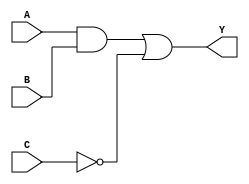
module combinational_logic_block (
    input wire A,    // Input A
    input wire B,    // Input B
    input wire C,    // Input C
    output wire Y    // Output Y
);

// Internal signals for intermediate logic
wire and_output;   // Output of AND gate
wire not_output;   // Output of NOT gate

// Logic implementation
// AND gate: Y1 = A AND B
assign and_output = A & B;

// NOT gate: Y2 = NOT C
assign not_output = ~C;

// OR gate: Y = Y1 OR Y2
assign Y = and_output | not_output;

endmodule